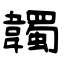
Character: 韣